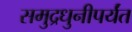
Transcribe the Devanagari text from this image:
समुद्रधुनीपर्यंत